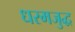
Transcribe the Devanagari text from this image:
धरमजुद्ध